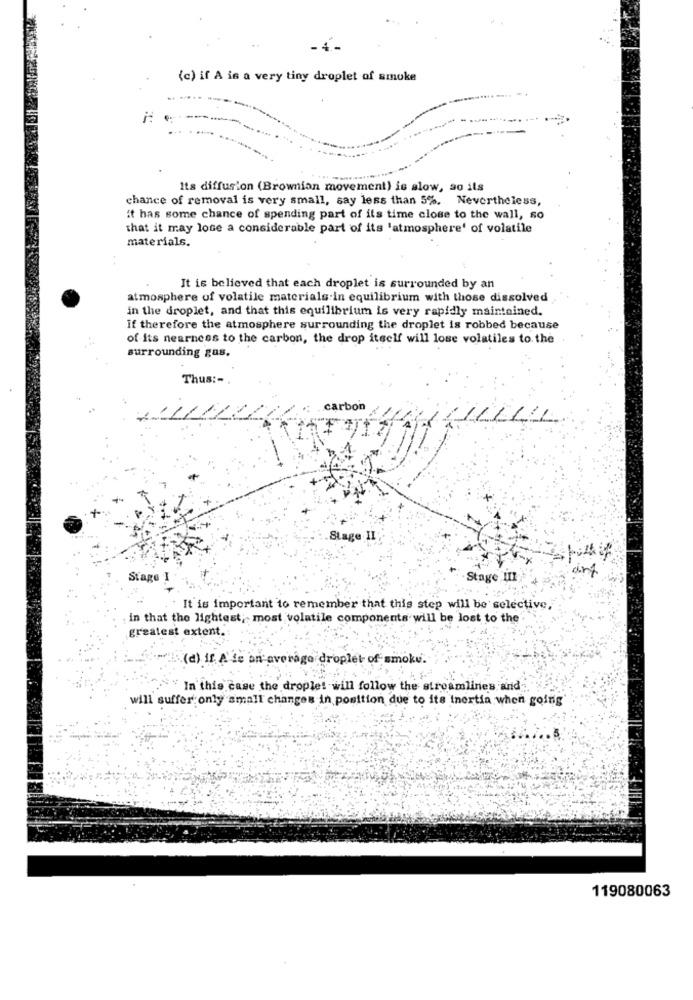
(c) if A is a very tiny droplet of smoke
Its diffusion (Brownion movement) is slow, so ils
chance of removal is very small, say less than 5%. Nevertheless,
it has some chance of spending part of its time close to the wall, so
that it may lose a considerable part of its 'atmosphere' of volatile
materials.
..
It is believed that each droplet is surrounded by an
atmosphere of volatile materials in equilibrium with those dissolved
in the droplet, and that this equilibrium is very rapidly maintained.
if therefore the atmosphere surrounding the droplet is robbed because
of its nearness to the carbon, the drop itself will lose volatiles to the
surrounding gus.
Thus :- .
. carbon
111
Stage II
Stage !
Stage III
It is important to remember that this step will be selective,
. in that the lightest; most volatile components will be lost to the
greatest extent .:
(d) if A fe an average droplet of smoke.
In this case the droplet will follow the streamlines and
will suffer only small changes in position due to its inertia when going'
119080063